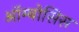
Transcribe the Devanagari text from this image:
ऑम्बोसिस